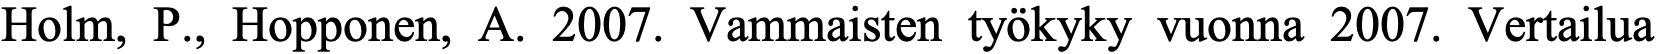
Holm, P., Hopponen, A. 2007. Vammaisten työkyky vuonna 2007. Vertailua